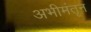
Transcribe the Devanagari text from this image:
अभीमंतृन